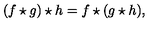
( f \star g ) \star h = f \star ( g \star h ) ,